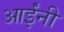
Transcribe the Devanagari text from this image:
आईंनी